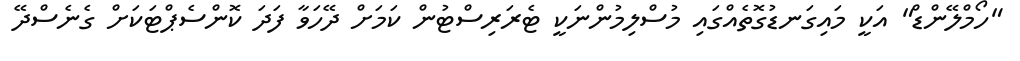
"ހޯމްލޭންޑް" އަކީ މައިގަނޑުގޮތެއްގައި މުސްލިމުންނަކީ ޓެރަރިސްޓުން ކަމަށް ދޭހަވާ ފަދަ ކޮންސެޕްޓަކަށް ގެނެސްދޭ